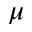
\mu